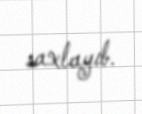
saxlayıb.